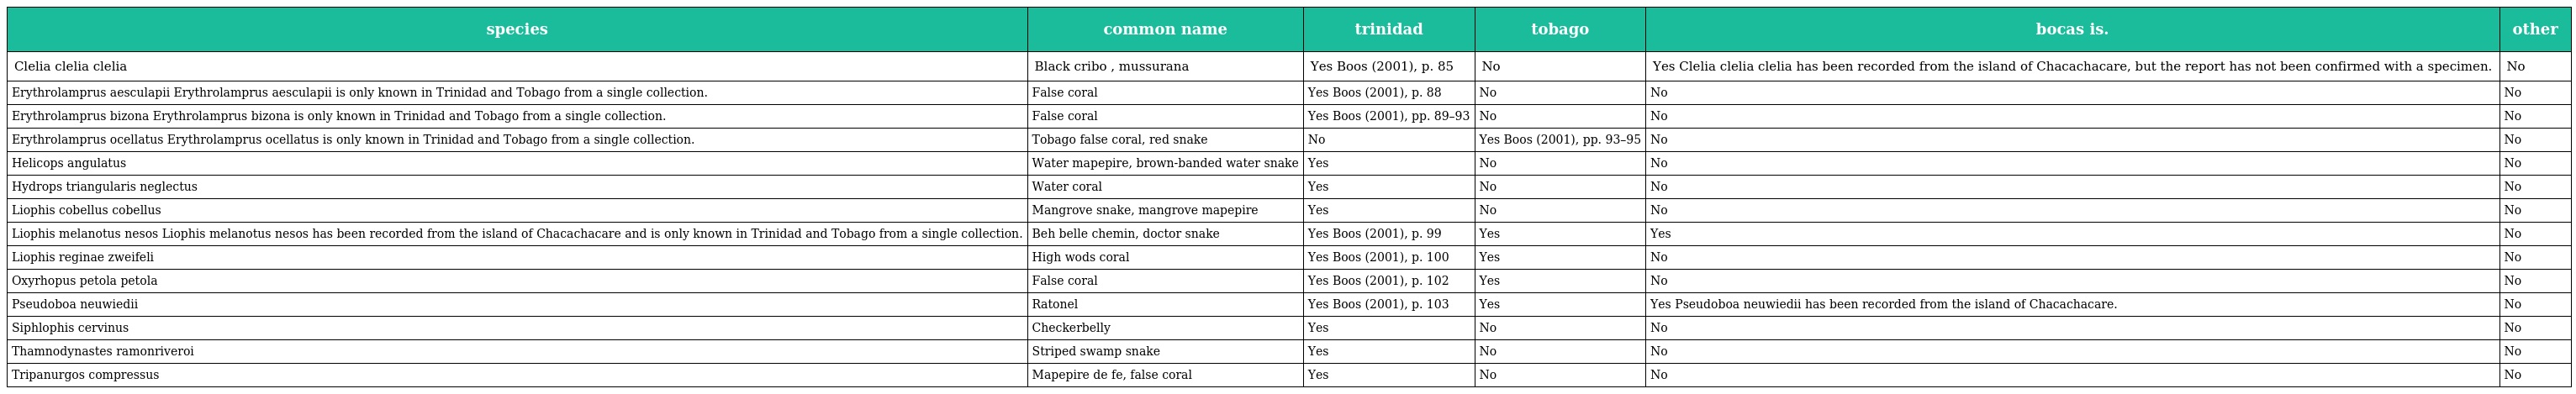
| species | common name | trinidad | tobago | bocas is. | other |
 | --- | --- | --- | --- | --- | --- |
 | Clelia clelia clelia | Black cribo , mussurana | Yes Boos (2001), p. 85 | No | Yes Clelia clelia clelia has been recorded from the island of Chacachacare, but the report has not been confirmed with a specimen. | No |
 | Erythrolamprus aesculapii Erythrolamprus aesculapii is only known in Trinidad and Tobago from a single collection. | False coral | Yes Boos (2001), p. 88 | No | No | No |
 | Erythrolamprus bizona Erythrolamprus bizona is only known in Trinidad and Tobago from a single collection. | False coral | Yes Boos (2001), pp. 89–93 | No | No | No |
 | Erythrolamprus ocellatus Erythrolamprus ocellatus is only known in Trinidad and Tobago from a single collection. | Tobago false coral, red snake | No | Yes Boos (2001), pp. 93–95 | No | No |
 | Helicops angulatus | Water mapepire, brown-banded water snake | Yes | No | No | No |
 | Hydrops triangularis neglectus | Water coral | Yes | No | No | No |
 | Liophis cobellus cobellus | Mangrove snake, mangrove mapepire | Yes | No | No | No |
 | Liophis melanotus nesos Liophis melanotus nesos has been recorded from the island of Chacachacare and is only known in Trinidad and Tobago from a single collection. | Beh belle chemin, doctor snake | Yes Boos (2001), p. 99 | Yes | Yes | No |
 | Liophis reginae zweifeli | High wods coral | Yes Boos (2001), p. 100 | Yes | No | No |
 | Oxyrhopus petola petola | False coral | Yes Boos (2001), p. 102 | Yes | No | No |
 | Pseudoboa neuwiedii | Ratonel | Yes Boos (2001), p. 103 | Yes | Yes Pseudoboa neuwiedii has been recorded from the island of Chacachacare. | No |
 | Siphlophis cervinus | Checkerbelly | Yes | No | No | No |
 | Thamnodynastes ramonriveroi | Striped swamp snake | Yes | No | No | No |
 | Tripanurgos compressus | Mapepire de fe, false coral | Yes | No | No | No |